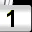
Digit: 1